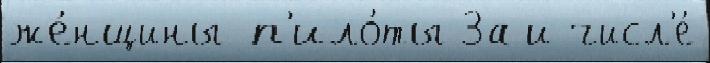
же́нщины-п'ило́ты За и числ'е́